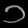
Digit: ၁